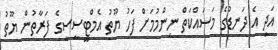
އަދި އެ ދަނޑުގެ މަސައްކަތް ނިންމުމަށް ފަހު ޔޫތު އެމްޓީސީސީގެ ފަރާތުން ޔޫތު